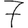
Digit: 7